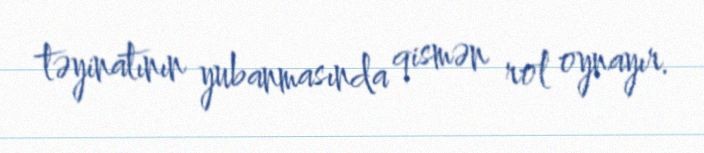
təyinatının yubanmasında qismən rol oynayır.